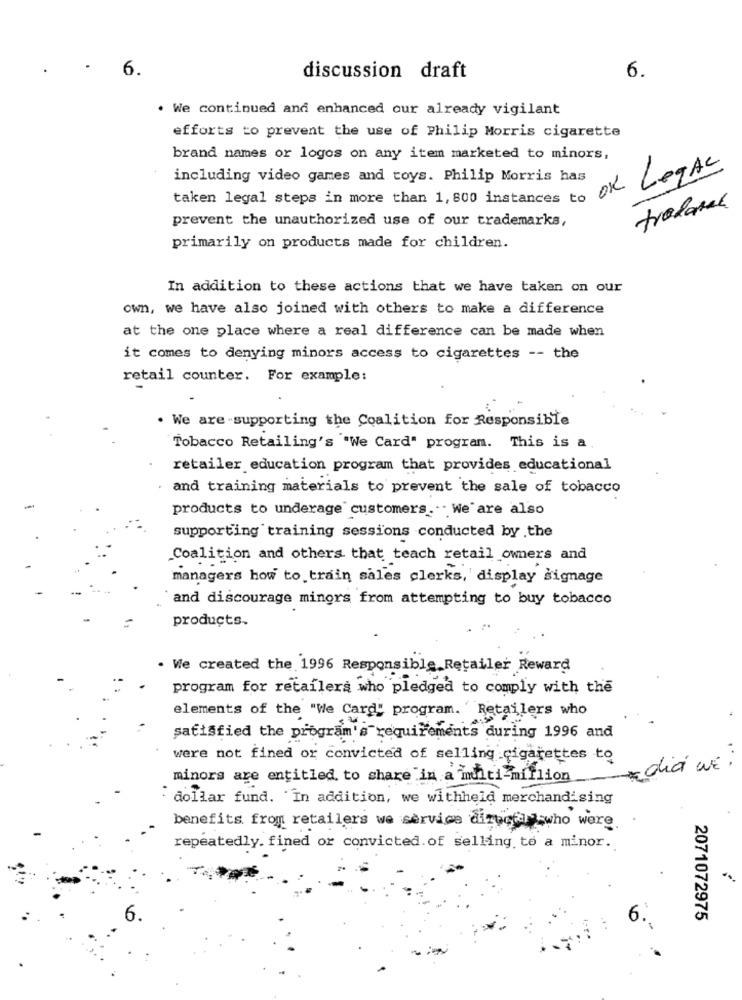
.
6.
discussion draft
6.
. We continued and enhanced our already vigilant
efforts to prevent the use of Philip Morris cigarette
brand names or logos on any item marketed to minors,
OK Legal
including video games and toys. Philip Morris has
taken legal steps in more than 1, 800 instances to
tradaml
prevent the unauthorized use of our trademarks,
primarily on products made for children.
In addition to these actions that we have taken on our
own, we have also joined with others to make a difference
at the one place where a real difference can be made when
it comes to denying minors access to cigarettes -- the
retail counter. For example:
. We are supporting the Coalition for Responsible
Tobacco Retailing's "We Card" program. This is a
retailer education program that provides educational
and training materials to prevent the sale of tobacco
products to underage" customers ... We are also
supporting training sessions conducted by the
Coalition and others that teach retail owners and
managers how to train sales clerks, display signage
and discourage minors from attempting to buy tobacco
products.
. We created the 1996 Responsible Retailer Reward
program for retailera who pledged to comply with the
elements of the "We Card" program. 'Retailers who
satisfied the program's requirements during 1996 and
were not fined or convicted of selling cigarettes to
* dia WE :
minors are entitled to share in a miti-million
dollar fund. In addition, we withheld merchandising
benefits from retailers we service directa who were
repeatedly. fined or convicted. of selling to a minor.
6
2071072975